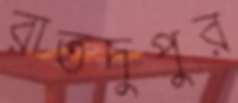
রাতদুপুর